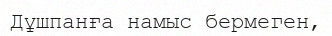
Дұшпанға намыс бермеген,